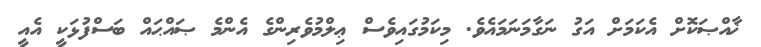
ޚާއްޞަކޮށް އެކަމަށް އަގު ނަގާމަނަމައެވެ. މިކަމުގައިވެސް ޢިލްމުވެރިންގެ އެންމެ ޞައްޙައް ބަސްފުޅަކީ އެއީ